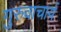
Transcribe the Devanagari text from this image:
गुरुवाचार्य